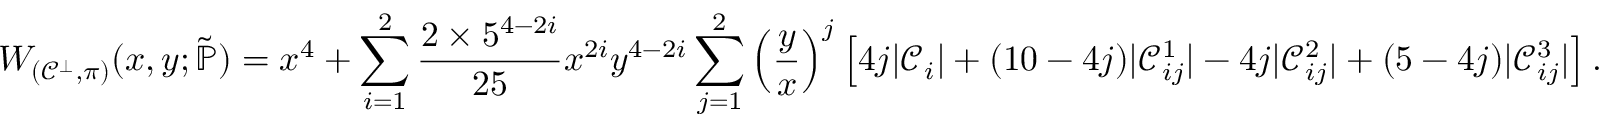
W _ { ( \mathcal { C } ^ { \bot } , \pi ) } ( x , y ; \widetilde { \mathbb { P } } ) = x ^ { 4 } + \sum _ { i = 1 } ^ { 2 } \frac { 2 \times 5 ^ { 4 - 2 i } } { 2 5 } x ^ { 2 i } y ^ { 4 - 2 i } \sum _ { j = 1 } ^ { 2 } \left( \frac { y } { x } \right) ^ { j } \left[ 4 j | \mathcal { C } _ { i } | + ( 1 0 - 4 j ) | \mathcal { C } _ { i j } ^ { 1 } | - 4 j | \mathcal { C } _ { i j } ^ { 2 } | + ( 5 - 4 j ) | \mathcal { C } _ { i j } ^ { 3 } | \right] .